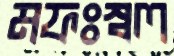
মফঃস্বল